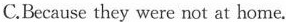
C.Because they were not at home.